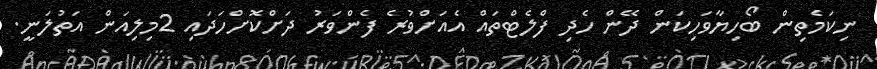
ނިކަމެތިން ބޯހިޔާވަހިކަން ދޭން ހެދި ފްލެޓްތައް އެއަށްވުރެ ފެންވަރު ދަށްކޮށްހަދައި 2މިލިއަން އަތުލަނީ.